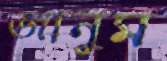
জানুম